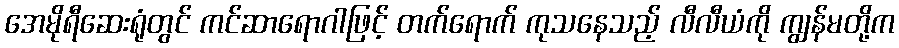
အေမိုရီဆေးရုံတွင် ကင်ဆာရောဂါဖြင့် တက်ရောက် ကုသနေသည့် လီလီယံကို ကျွန်မတို့က